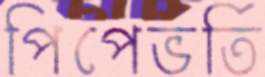
পিপেভর্তি